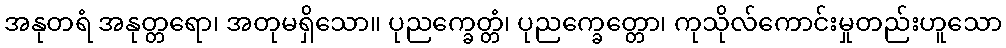
အနုတရံ အနုတ္တရော၊ အတုမရှိသော။ ပုညက္ခေတ္တံ၊ ပုညက္ခေတ္တော၊ ကုသိုလ်ကောင်းမှုတည်းဟူသော